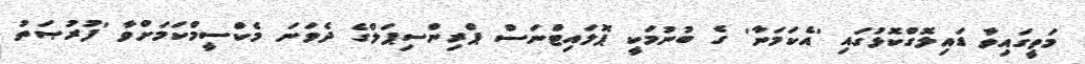
މަތީގައިވާ ޑައިލޮގްކޮޅުގައި 'އެކަމަނާ' ގެ ބުނުމަކީ ޕޮލައިޓްނަސް ޕްރިންސިޕަލްގެ ދެވަނަ މެކްސީމްކަމަށްވާ 'ފުރުޞަތު